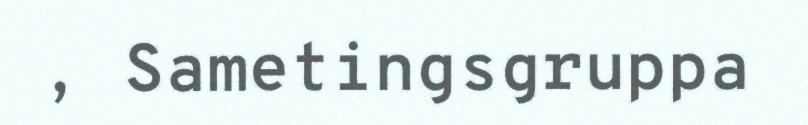
, Sametingsgruppa